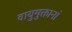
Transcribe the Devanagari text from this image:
वायुमुक्तानां